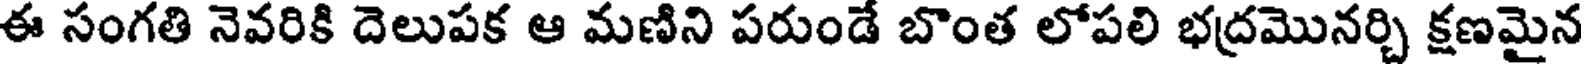
ఈ సంగతి నెవరికి దెలుపక ఆ మణిని పరుండే బొంత లోపలి భద్రమొనర్చి క్షణమైన